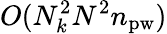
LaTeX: O(N_{k}^{2}N^{2}n_{\mathrm{pw}})